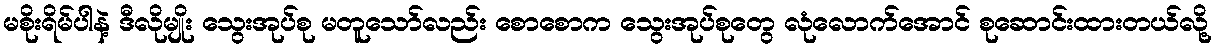
မစိုးရိမ်ပါနဲ့ ဒီလိုမျိုး သွေးအုပ်စု မတူသော်လည်း စောစောက သွေးအုပ်စုတွေ လုံလောက်အောင် စုဆောင်းထားတယ်လို့